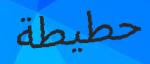
حطيطة